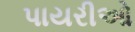
પાયરીઓ